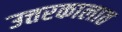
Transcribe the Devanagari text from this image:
उत्तरकालात